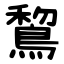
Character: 鵹